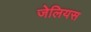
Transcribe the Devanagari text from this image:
जेलियस